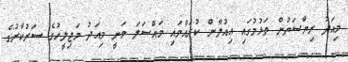
މިއަދު ރިޔާސަތުން ތަޅުމުގައި އިއުލާން ކުރައްވައި މައްސަލަ ވަނީ މިއަދު މަޖިލީހުގެ ސަރުކާރުގެ